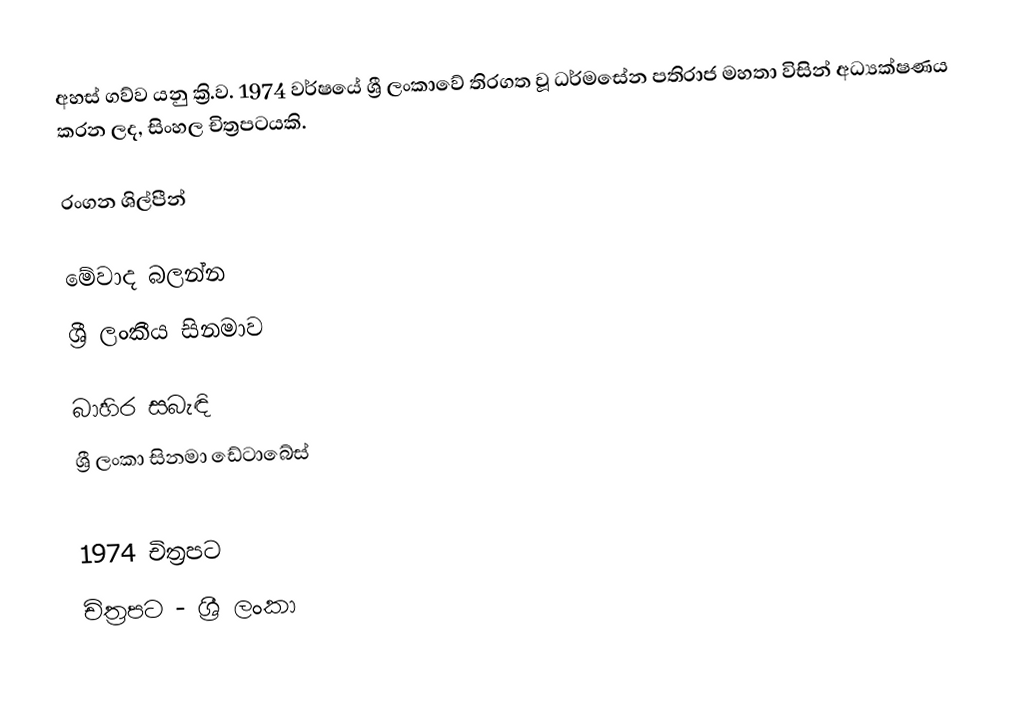
අහස් ගව්ව යනු ක්‍රි.ව. 1974 වර්ෂයේ ශ්‍රී ලංකාවේ තිරගත වූ ධර්මසේන පතිරාජ මහතා විසින් අධ්‍යක්ෂණය කරන ලද, සිංහල චිත්‍රපටයකි.

රංගන ශිල්පීන්

මේවාද බලන්න
ශ්‍රී ලංකීය සිනමාව

බාහිර සබැඳි
ශ්‍රී ලංකා සිනමා ඩේටාබේස්

1974 චිත්‍රපට
චිත්‍රපට - ශ්‍රී ලංකා